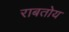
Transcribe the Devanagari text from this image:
राबतोय